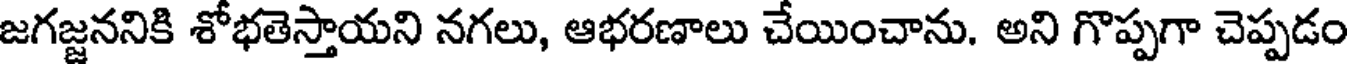
జగజ్జననికి శోభతెస్తాయని నగలు, ఆభరణాలు చేయించాను. అని గొప్పగా చెప్పడం